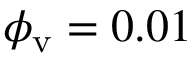
\phi _ { \mathrm { v } } = 0 . 0 1